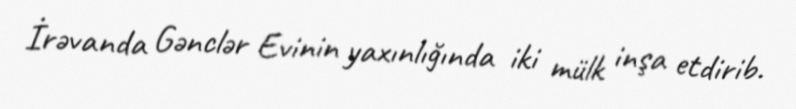
İrəvanda Gənclər Evinin yaxınlığında iki mülk inşa etdirib.